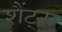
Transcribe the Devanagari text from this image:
शैंट्स